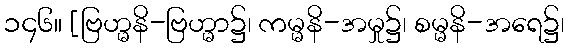
၁၄၆။ [ဗြဟ္မနိ-ဗြဟ္မာ၌၊ ကမ္မနိ-အမှု၌၊ စမ္မနိ-အရေ၌၊